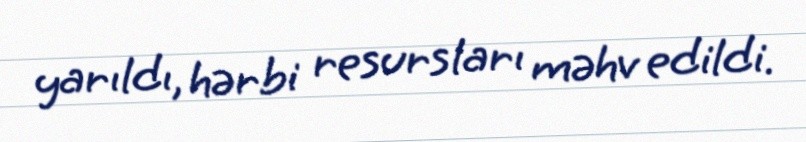
yarıldı, hərbi resursları məhv edildi.